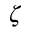
\zeta